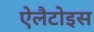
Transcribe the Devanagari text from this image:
ऐलैटोइस